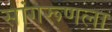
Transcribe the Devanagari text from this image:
सांगरूणला